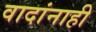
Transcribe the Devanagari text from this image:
वादांनाही